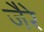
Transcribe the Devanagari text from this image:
जैरे